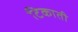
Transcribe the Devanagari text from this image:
टिकाती